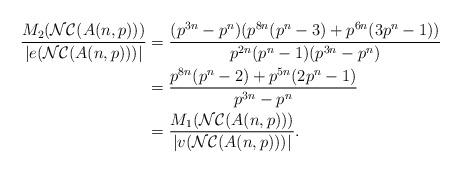
LaTeX: \begin{align*}\dfrac{M_{2}(\mathcal{NC}(A(n, p)))}{|e(\mathcal{NC}(A(n, p)) )|} &= \dfrac{(p^{3n}-p^{n})(p^{8n}(p^{n}-3)+p^{6n}(3p^{n}-1))}{p^{2n}(p^{n}-1)(p^{3n}-p^{n})}\\& = \dfrac{p^{8n}(p^{n}-2)+p^{5n}(2p^{n}-1)}{p^{3n}-p^{n}}\\& = \dfrac{M_{1}(\mathcal{NC}(A(n, p)))}{|v( \mathcal{NC}(A(n, p)) )|}. \end{align*}